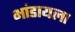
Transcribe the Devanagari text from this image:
भांडायला